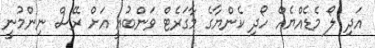
އަދި ލޯ މެޑެއްޔެއް ހޯދި ކެންޔާގެ މާގަރެޓް ވަންބުއީ އަށް ރޭސް ނިންމުނީ